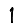
Digit: 1